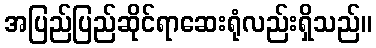
အပြည်ပြည်ဆိုင်ရာဆေးရုံလည်းရှိသည်။